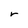
Character: r